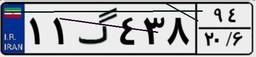
۱۱گ۴۳۸۹۴